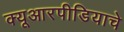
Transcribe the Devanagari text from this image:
क्यूआरपीडियाचे